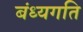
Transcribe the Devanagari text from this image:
बंध्यगति